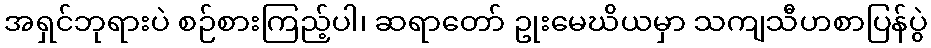
အရှင်ဘုရားပဲ စဉ်စားကြည့်ပါ၊ ဆရာတော် ဥုးမေဃိယမှာ သကျသီဟစာပြန်ပွဲ